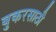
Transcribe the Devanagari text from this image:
बुकरसाठी